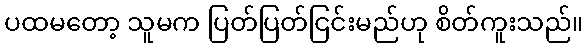
ပထမတော့ သူမက ပြတ်ပြတ်ငြင်းမည်ဟု စိတ်ကူးသည်။